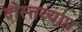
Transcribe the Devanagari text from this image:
दोस्तव्याप्त